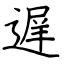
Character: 遅